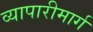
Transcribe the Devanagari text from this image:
व्यापारीमार्ग